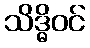
သိဒ္ဓိဝင်